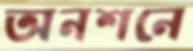
অনশনে